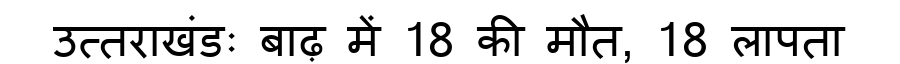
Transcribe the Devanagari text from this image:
उत्तराखंडः बाढ़ में 18 की मौत, 18 लापता